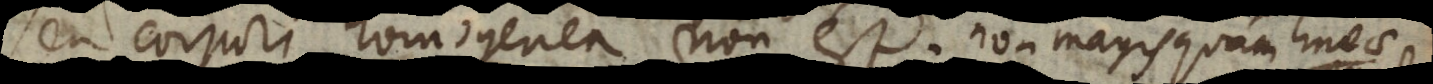
seu corpori homogenea non est; non magis quam lineae